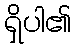
ရှိပါ၏